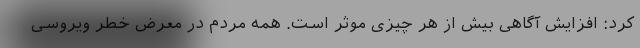
کرد: افزایش آگاهی بیش از هر چیزی موثر است. همه مردم در معرض خطر ویروسی